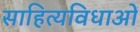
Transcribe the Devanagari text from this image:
साहित्यविधाओं